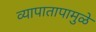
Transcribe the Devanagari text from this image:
व्यापातापामुळे